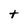
Character: t